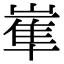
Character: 𡻛